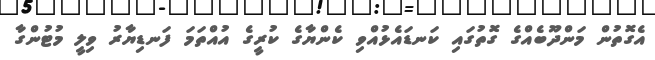
އެގޮތުން މަންދޫބެއްގެ ގޮތުގައި ކަނޑައެޅުއްވި ކެންޔާގެ ކުރީގެ އުއްތަމަ ފަނޑިޔާރު ވިލީ މުޓުންގާ